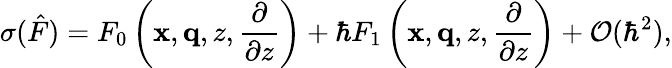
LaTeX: \sigma(\hat{F})=F_{0}\left(\mathbf{x},\mathbf{q},z,\frac{\partial}{\partial z}\right)+\hbar F_{1}\left(\mathbf{x},\mathbf{q},z,\frac{\partial}{\partial z}\right)+\mathcal{O}(\hbar^{2}),